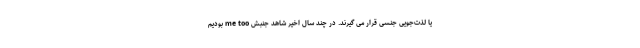
یا لذت‌جویی جنسی قرار می گیرند. در چند سال اخیر شاهد جنبش me too بودیم